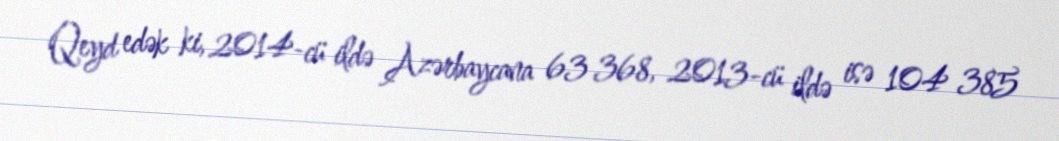
Qeyd edək ki, 2014-cü ildə Azərbaycana 63 368, 2013-cü ildə isə 104 385